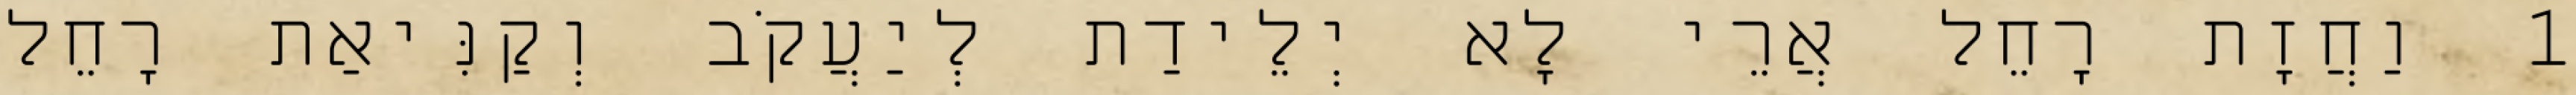
1 וַחֲזָת רָחֵל אֲרֵי לָא יְלֵידַת לְיַעֲקֹב וְקַנִּיאַת רָחֵל